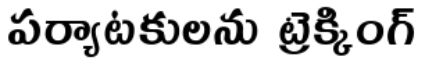
పర్యాటకులను ట్రెక్కింగ్